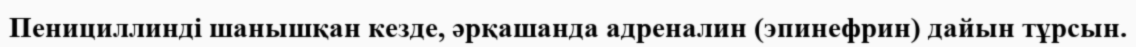
Пенициллинді шанышқан кезде, әрқашанда адреналин (эпинефрин) дайын тұрсын.